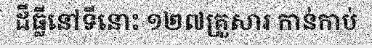
ដីធ្លីនៅទីនោះ ១២៧គ្រួសារ កាន់កាប់